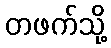
တဖက်သို့